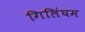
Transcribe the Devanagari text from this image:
गिलिंघम